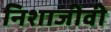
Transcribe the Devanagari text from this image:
निशाजीवी